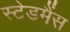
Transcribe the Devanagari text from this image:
स्टेडमैंस